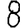
Digit: 8